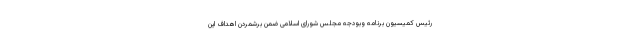
رئیس کمیسیون برنامه وبودجه مجلس شورای اسلامی ضمن برشمردن اهداف این